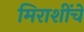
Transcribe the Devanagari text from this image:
मिराशींचे